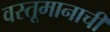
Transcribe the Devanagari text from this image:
वस्तूमानाची